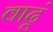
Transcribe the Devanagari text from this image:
वाढूं